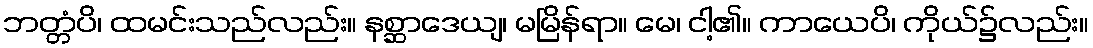
ဘတ္တံပိ၊ ထမင်းသည်လည်း။ နစ္ဆာဒေယျ၊ မမြိန်ရာ။ မေ၊ ငါ့၏။ ကာယေပိ၊ ကိုယ်၌လည်း။